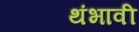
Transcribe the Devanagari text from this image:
थंभावी